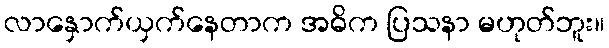
လာနှောက်ယှက်နေတာက အဓိက ပြသနာ မဟုတ်ဘူး။